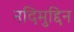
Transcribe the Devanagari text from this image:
नदिमुद्दिन